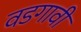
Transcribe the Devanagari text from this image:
वडगावी